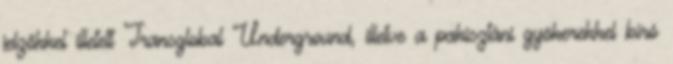
jelzőkkel illetett Transglobal Underground, illetve a pakisztáni gyökerekkel bíró